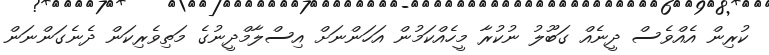
ކުރިން އެއްވެސް ދީނެއް ގަބޫލު ނުކުރާ މީހެއްކަމުން އަހަންނަށް އިސްލާމްދީނުގެ މަތިވެރިކަން ދެނެގަންނަން